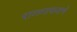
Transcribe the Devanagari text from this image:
रागगायनाचे